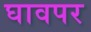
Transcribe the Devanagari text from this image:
घावपर